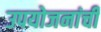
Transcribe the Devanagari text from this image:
उपयोजनांची